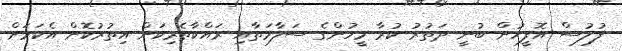
ފުލުސް އޮފީހުން ބުނީ ދަތުރު ކުރާ މީހުންގެ ސަލާމަތާއި ރައްކާތެރިކަން އިތުރުކޮށް އެކަމަށް